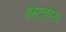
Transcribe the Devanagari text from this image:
वेस्‍टचेस्‍टर